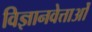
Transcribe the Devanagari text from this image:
विज्ञानवेत्ताओं